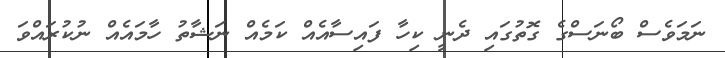
ނަމަވެސް ބޯނަސްގެ ގޮތުގައި ދެނީ ކިހާ ފައިސާއެއް ކަމެއް ނަޝާތު ހާމައެއް ނުކުރައްވަ